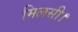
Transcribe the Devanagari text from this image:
मिलसी।